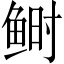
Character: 鲥